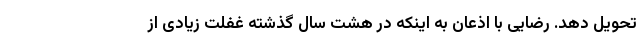
تحویل دهد. رضایی با اذعان به اینکه در هشت سال گذشته غفلت زیادی از